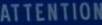
ATTENTION